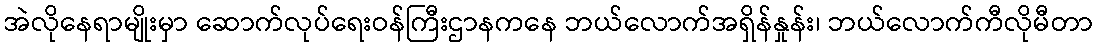
အဲလိုနေရာမျိုးမှာ ဆောက်လုပ်ရေးဝန်ကြီးဌာနကနေ ဘယ်လောက်အရှိန်နှုန်း၊ ဘယ်လောက်ကီလိုမီတာ